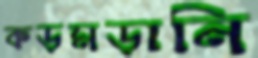
কড়মড়ানি